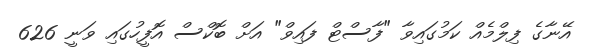
އޭނާގެ ފިލްމެއް ކަމުގައިވާ "ފާސްޓް ފައިވް" އަށް ބޮކްސް އޮފީހުގައި ވަނީ 626